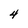
Character: 4